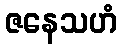
ဇနေသဟံ